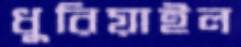
ধুরিয়াইল